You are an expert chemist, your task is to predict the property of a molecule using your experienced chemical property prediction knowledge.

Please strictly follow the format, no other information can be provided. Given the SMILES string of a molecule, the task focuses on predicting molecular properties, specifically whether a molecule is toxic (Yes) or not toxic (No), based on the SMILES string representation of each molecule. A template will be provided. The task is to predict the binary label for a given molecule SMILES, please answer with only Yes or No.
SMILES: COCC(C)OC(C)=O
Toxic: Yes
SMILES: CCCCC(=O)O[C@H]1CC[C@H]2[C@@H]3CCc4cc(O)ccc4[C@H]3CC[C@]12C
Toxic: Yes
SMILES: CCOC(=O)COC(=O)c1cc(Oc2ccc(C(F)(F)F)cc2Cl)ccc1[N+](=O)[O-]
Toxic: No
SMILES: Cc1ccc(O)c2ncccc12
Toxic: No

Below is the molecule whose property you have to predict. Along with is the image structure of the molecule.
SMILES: N=C(N)NCCC[C@H](NC(=O)[C@@H]1CCCN1C(=O)[C@@H]1CSSCCC(=O)N[C@@H](Cc2ccc(O)cc2)C(=O)N[C@@H](Cc2ccccc2)C(=O)N[C@@H](CCC(N)=O)C(=O)N[C@@H](CC(N)=O)C(=O)N1)C(=O)NCC(N)=O
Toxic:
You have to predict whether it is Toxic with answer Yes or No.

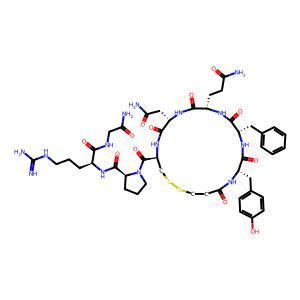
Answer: No